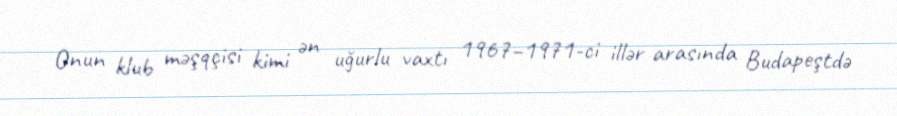
Onun klub məşqçisi kimi ən uğurlu vaxtı 1967–1971-ci illər arasında Budapeştdə